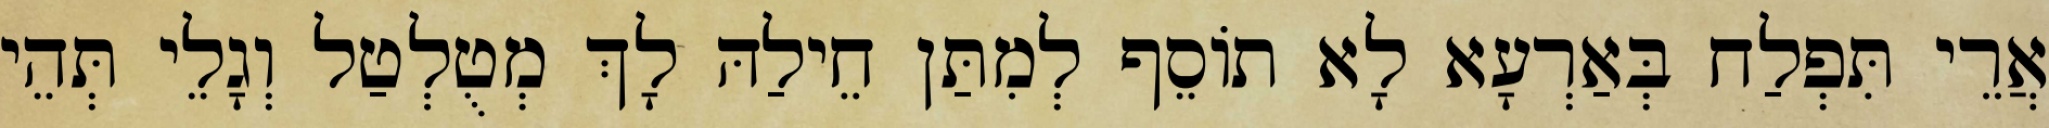
אֲרֵי תִּפְלַח בְּאַרְעָא לָא תוֹסֵף לְמִתַּן חֵילַהּ לָךְ מְטֻלְטַל וְגָלֵי תְּהֵי